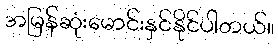
အမြန်ဆုံးမောင်းနှင်နိုင်ပါတယ်။